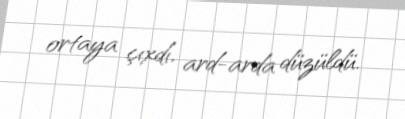
ortaya çıxdı, ard-arda düzüldü.